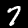
Label: 7